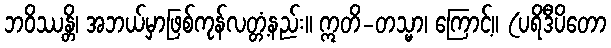
ဘဝိဿန္တိ၊ အဘယ်မှာဖြစ်ကုန်လတ္တံ့နည်း။ ဣတိ-တသ္မာ၊ ကြောင့်။ (ပရိဒီပိတော